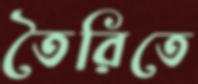
তৈরিতে